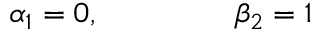
\alpha _ { 1 } = 0 , \ \ \ \ \ \ \ \ \ \ \ \ \ \beta _ { 2 } = 1